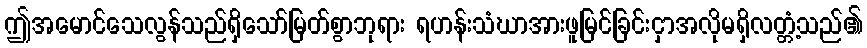
ဤအမောင်သေလွန်သည်ရှိသော်မြတ်စွာဘုရား ရဟန်းသံဃာအားဖူမြင်ခြင်းငှာအလိုမရှိလတ္တံ့သည်၏